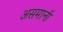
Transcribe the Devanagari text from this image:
असमानॉ